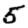
Digit: 5